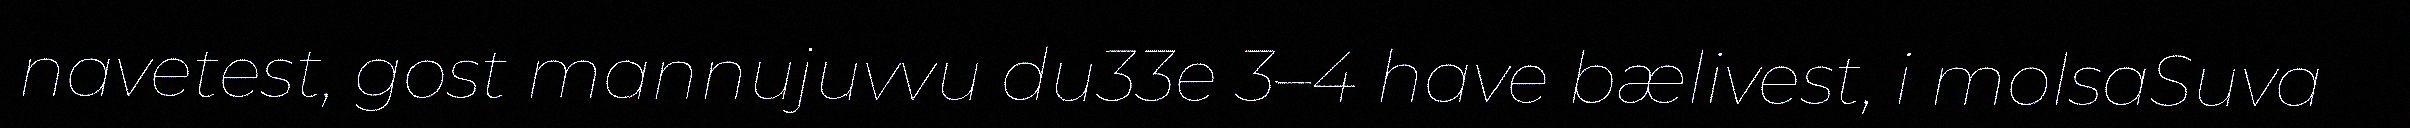
navetest, gost mannujuvvu du33e 3–4 have bælivest, i molsaSuva